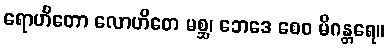
ရောဟိတော လောဟိတေ မစ္ဆ၊ ဘေဒေ စေဝ မိဂန္တရေ။